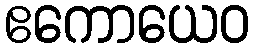
ဧကောယေဝ